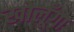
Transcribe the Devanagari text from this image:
खोलूँगा